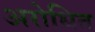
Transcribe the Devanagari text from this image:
अरोधित